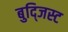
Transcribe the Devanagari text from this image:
बुद्जिस्ट